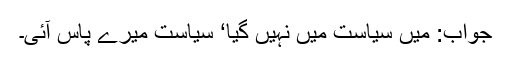
جواب: میں سیاست میں نہیں گیا‘ سیاست میرے پاس آئی۔